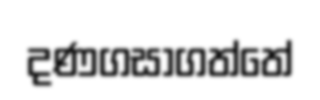
දණගසාගත්තේ